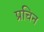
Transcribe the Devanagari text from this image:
प्रचिन